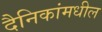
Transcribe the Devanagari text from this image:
दैनिकांमधील